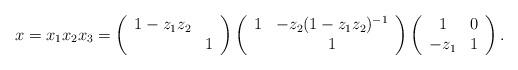
LaTeX: \begin{align*}x=x_1x_2x_3=\left(\begin{array}{cc}1-z_1z_2&\\&1\end{array}\right)\left(\begin{array}{cc}1&-z_2(1-z_1z_2)^{-1}\\&1\end{array}\right)\left(\begin{array}{cc}1&0\\-z_1&1\end{array}\right).\end{align*}